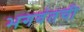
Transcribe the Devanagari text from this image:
भगवंतची